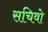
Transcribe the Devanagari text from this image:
सचिवो